Indian journal of veterinary science and animal husbandry - Volume 8,
Year: 1938
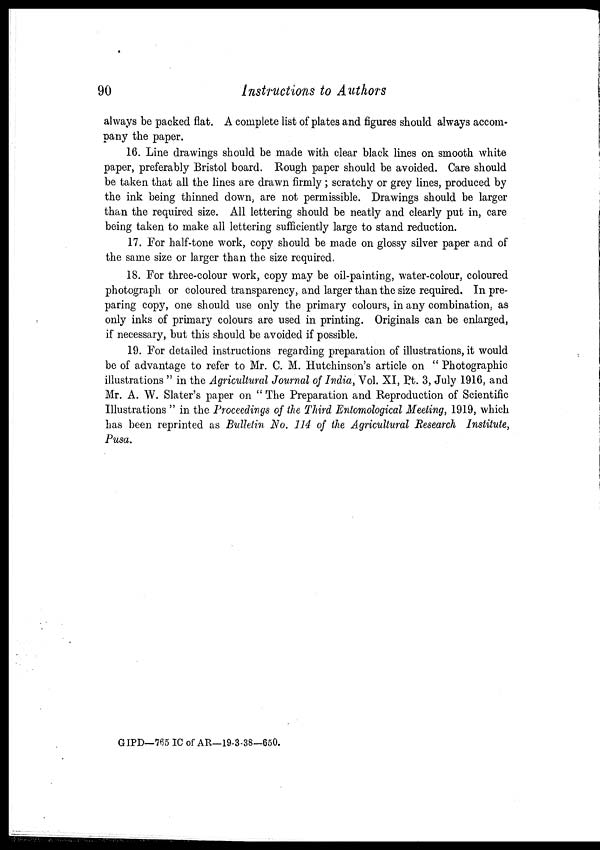
90
Instructions to Authors
always be packed flat. A complete list of plates and figures should always accom-
pany the paper.
16. Line drawings should be made with clear black lines on smooth white
paper, preferably Bristol board. Rough paper should be avoided. Care should
be taken that all the lines are drawn firmly ; scratchy or grey lines, produced by
the ink being thinned down, are not permissible. Drawings should be larger
than the required size. All lettering should be neatly and clearly put in, care
being taken to make all lettering sufficiently large to stand reduction.
17. For half-tone work, copy should be made on glossy silver paper and of
the same size or larger than the size required.
18. For three-colour work, copy may be oil-painting, water-colour, coloured
photograph or coloured transparency, and larger than the size required. In pre-
paring copy, one should use only the primary colours, in any combination, as
only inks of primary colours are used in printing. Originals can be enlarged,
if necessary, but this should be avoided if possible.
19. For detailed instructions regarding preparation of illustrations, it would
be of advantage to refer to Mr. C. M. Hutchinson's article on " Photographic
illustrations " in the Agricultural Journal of India, Vol. XI, Pt. 3, July 1916, and
Mr. A. W. Slater's paper on " The Preparation and Reproduction of Scientific
Illustrations " in the Proceedings of the Third Entomological Meeting, 1919, which
has been reprinted as Bulletin No. 114 of the Agricultural Research Institute,
Pusa.
GIPD—765 IC of AR—19-3-38—650.